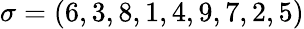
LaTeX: \sigma=(6,3,8,1,4,9,7,2,5)